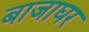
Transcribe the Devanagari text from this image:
बाजाघर